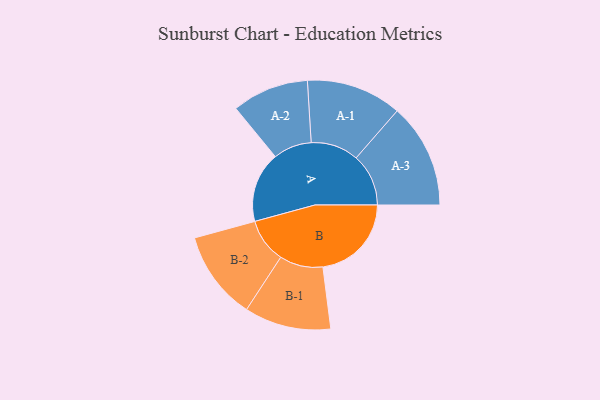
{"axis": {"x": "Segment", "y": "Value"}, "legend": ["", "A", "B"], "data": [{"x": "A", "y": 384, "type": ""}, {"x": "B", "y": 482, "type": ""}, {"x": "A-1", "y": 260, "type": "A"}, {"x": "A-2", "y": 209, "type": "A"}, {"x": "A-3", "y": 285, "type": "A"}, {"x": "B-1", "y": 236, "type": "B"}, {"x": "B-2", "y": 242, "type": "B"}]}